Madras plague regulations and rules - Volume 2
Disease focus: Plague
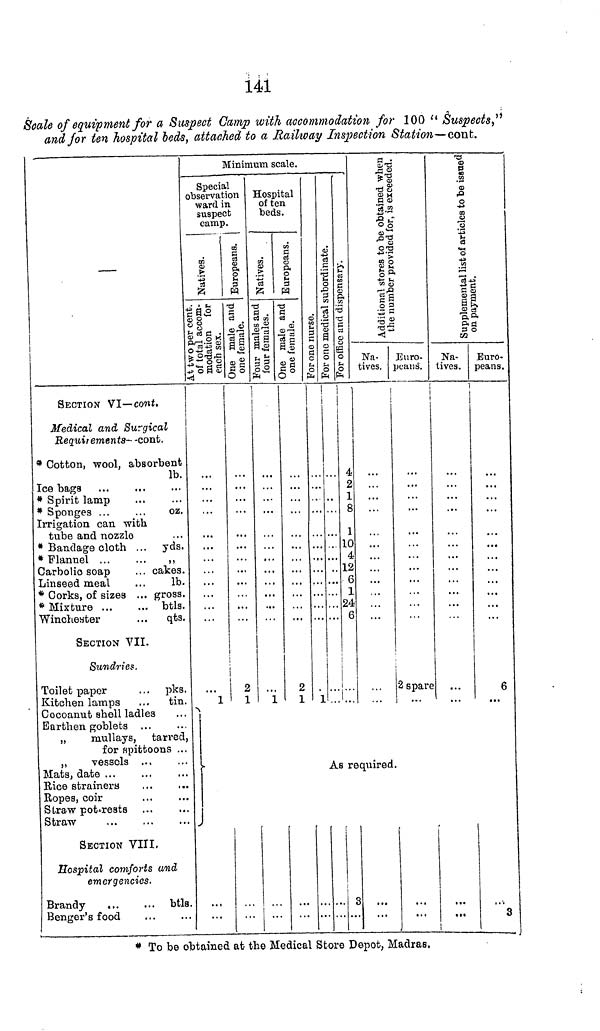
141
Scale of equipment for a Suspect Camp with accommodation for 100 " Suspects, "
and for ten hospital beds, attached to a Railway Inspection Station—cont.
—
SECTION VI—cont.
Medical and Surgical
Requirements—cont.
* Cotton, wool, absorbent
lb.
Ice bags
* Spirit lamp
* Sponges ...
...
oz.
Irrigation can with
tube and nozzle
* Bandage cloth ... yds.
* Flannel ...
...
,,
Carbolic soap
. . . cakes.
Linseed meal
...
lb.
* Corks, of sizes ... gross.
* Mixture
btls.
Winchester
. . . qts.
SECTION VII.
Sundries.
Toilet paper
... pks.
Kitchen lamps
...
tin.
Cocoanut shell ladles
Earthen goblets ...
„
mullays, tarred,
for spittoons ...
,,
vessels
Mats, date ...
Rice strainers
Ropes, coir
Straw pot-rests
Straw
SECTION VIII.
Hospital comforts and
emergencies.
Brandy
btls
Benger's food
Minimum scale.
Special
observation
ward in
suspect
camp.
At two cent.
of total accom-
modation for
each sex.
i
1
1
Europeans.
One male and
one female.
1
1
2
1
1
Hospital
of ten
beds.
Natives.
Four male and
four females.
i
Europeans.
One male and
one female.
2
1
For one nurse.
For one medical subordinate.
\
1
For office and dispensary.
)
..
4
2
i
8
1
10
4
12
6
1
24
6
...
Additional stores to be obtained when
Na-
tives.
the number provided for, is exceeded.
Euro-
peans.
i
2 spare
As required.
!
3
Supplemental list of articles to be issued
Na-
tives.
...
on payment.
Euro-
peans.
6
3
* To be obtained at the Medical Store Depot, Madras.